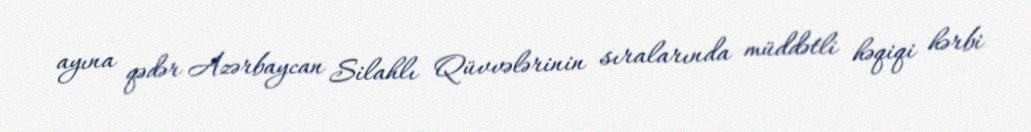
ayına qədər Azərbaycan Silahlı Qüvvələrinin sıralarında müddətli həqiqi hərbi